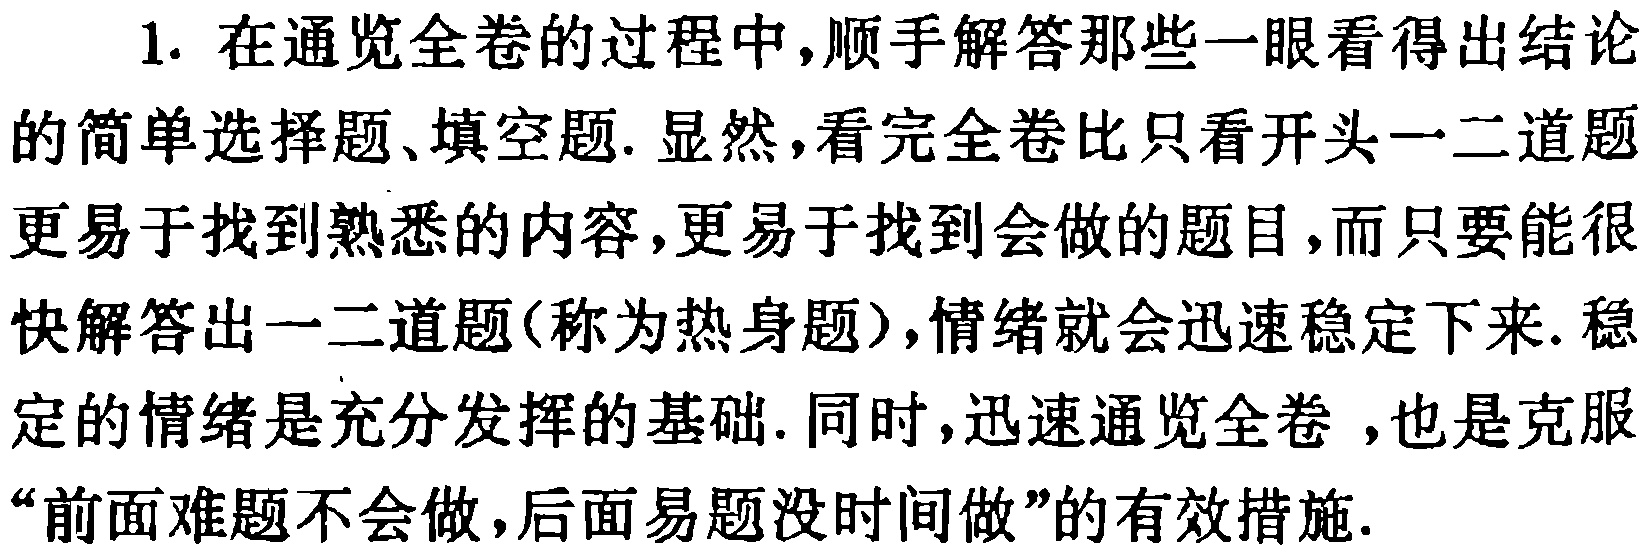
1. 在通览全卷的过程中,顺手解答那些一眼看得出结论的简单选择题、填空题. 显然,看完全卷比只看开头一二道题更易于找到熟悉的内容,更易于找到会做的题目,而只要能很快解答出一二道题(称为热身题),情绪就会迅速稳定下来. 稳定的情绪是充分发挥的基础. 同时,迅速通览全卷 ,也是克服“前面难题不会做,后面易题没时间做”的有效措施.